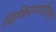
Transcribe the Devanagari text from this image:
विकिरणशीलता